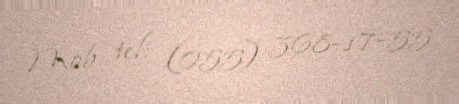
Mob. tel: (055) 368-17-55